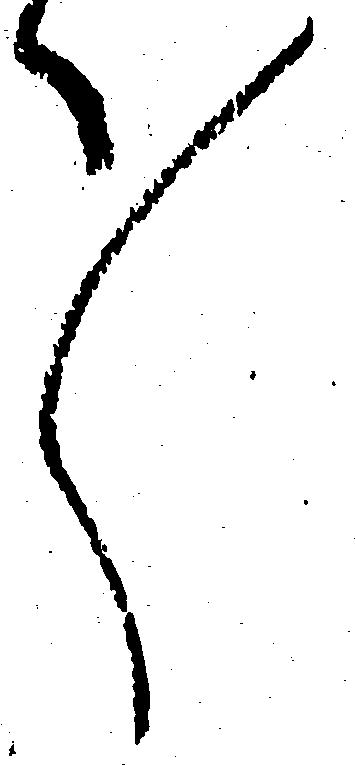
々